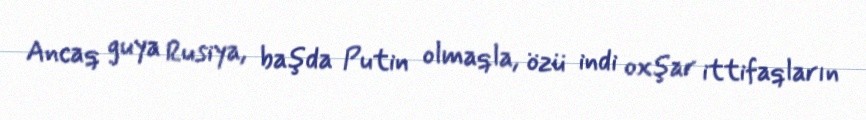
Ancaq guya Rusiya, başda Putin olmaqla, özü indi oxşar ittifaqların